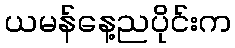
ယမန်နေ့ညပိုင်းက